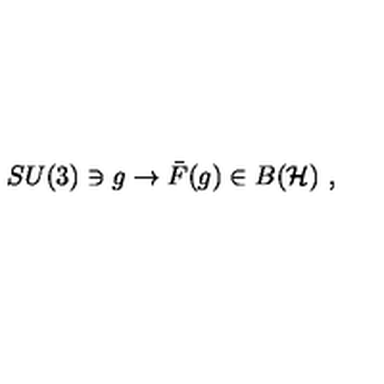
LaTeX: S U ( 3 ) \ni g \rightarrow { \bar { F } } ( g ) \in B ( { \cal H } ) \ ,